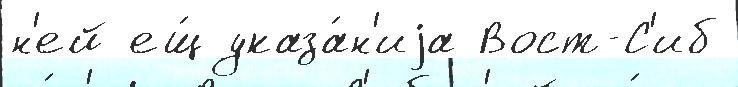
н'ей ещ́ указа́н'иjа Вост-С'иб